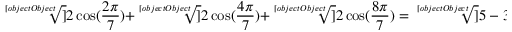
{ \sqrt [ [object Object] ] { 2 \cos ( { \frac { 2 \pi } { 7 } } ) } } + { \sqrt [ [object Object] ] { 2 \cos ( { \frac { 4 \pi } { 7 } } ) } } + { \sqrt [ [object Object] ] { 2 \cos ( { \frac { 8 \pi } { 7 } } ) } } = { \sqrt [ [object Object] ] { 5 - 3 { \sqrt [ [object Object] ] { 7 } } } }